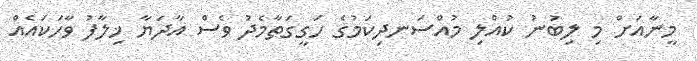
މީނާއަށް މި ލިބުނު ކުއްލި މުއްސަނދިކަމުގެ ހަގީގަތާމެދު ވެސް އާދަޔާ ޚިލާފު ވާހަކައެއް